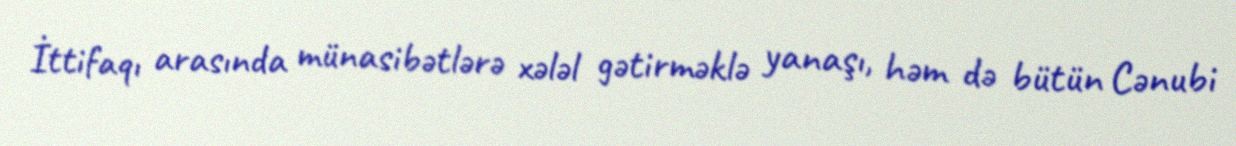
İttifaqı arasında münasibətlərə xələl gətirməklə yanaşı, həm də bütün Cənubi